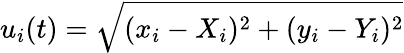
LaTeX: u_{i}(t)=\sqrt{(x_{i}-X_{i})^{2}+(y_{i}-Y_{i})^{2}}